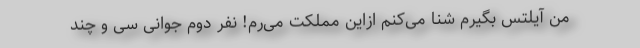
من آیلتس بگیرم شنا می‌کنم ازاین مملکت می‌رم! نفر دوم جوانی سی و چند